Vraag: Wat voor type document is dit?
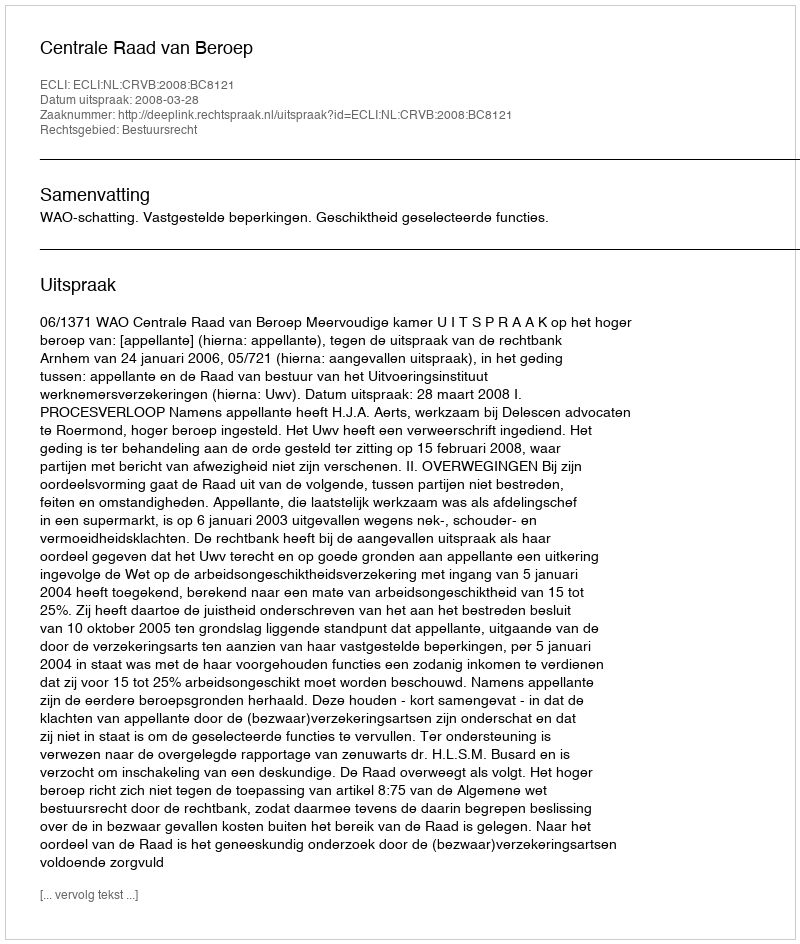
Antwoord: Uitspraak